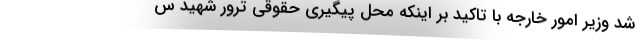
شد وزیر امور خارجه با تاکید بر اینکه محل پیگیری حقوقی ترور شهید س